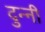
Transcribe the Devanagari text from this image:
दुन्नी